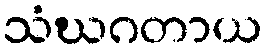
သံဃဂတာယ